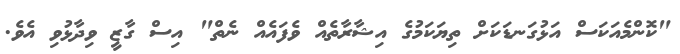
"ކޮންމެއަކަސް އަޅުގަނޑަކަށް ތިޔަކަމުގެ އިޝާރާތެއް ވެފައެއް ނެތް" އިސް ގާޒީ ވިދާޅުވި އެވެ.